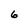
Character: 6